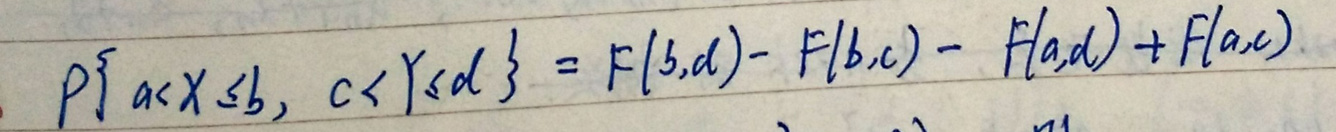
\[
P\{a < X \leq b, c < Y \leq d\} = F(b,d) - F(b,c) - F(a,d) + F(a,c)
\]